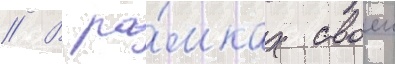
// В ра́мках своеи